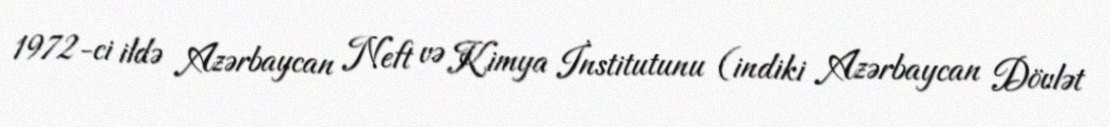
1972-ci ildə Azərbaycan Neft və Kimya İnstitutunu (indiki Azərbaycan Dövlət